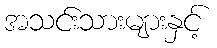
အသင်းသားများနှင့်